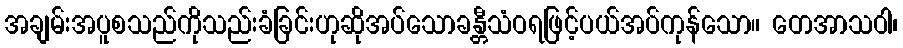
အချမ်းအပူစသည်ကိုသည်းခံခြင်းဟုဆိုအပ်သောခန္တီသံဝရဖြင့်ပယ်အပ်ကုန်သော။ တေအာသဝါ၊